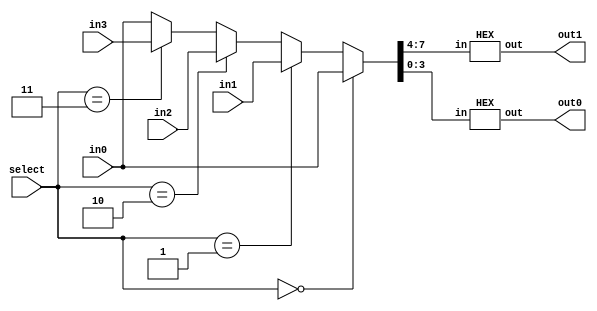
// ---------------------------------------------------------------------
// Copyright (c) 2007 by University of Toronto ECE 243 development team 
// ---------------------------------------------------------------------
//
// Major Functions:	Three modules included: HEX, HEXs, chooseHEXs
//
//					HEX:	decode a four-bit input value into
//							7-segment HEX display signals (0 to F)
//					HEXs:	decode four 8-bit inputs to eight 7-segment
//							HEX display signals (not compatible with DE1)
//					chooseHEXs:	decode four 8-bit inputs to a single
//								selected 7-segment HEX display singnals
//								(compatible with both DE1 and DE2)
//
// Input(s):		HEX
//						 in: 4-bit input (HEX: 0 to F)
//					HEXs
//						 in0 - in4: four 8-bit input (HEX: 00 to FF)
//					chooseHEXs
//						 in0-in4: four 8-bit input (HEX: 00 to FF)
//						 select: two-bit input controlling output decoded
//								 signals
//
// Output(s):		HEX/HEXs/chooseHEXs
//						 out: seven-segment display decoded value(s) 
//
// ---------------------------------------------------------------------

module chooseHEXs
(
in0, in1, in2, in3,
select, out1, out0
);
input 	[7:0] in0, in1, in2, in3;
input	[1:0] select;
output 	[6:0] out0, out1;

reg		[7:0] temp_in;

always@(*)
begin
	if( select == 0 )
		temp_in = in0;
	else if( select == 1 )
		temp_in = in1;
	else if( select == 2 )
		temp_in = in2;
	else if( select == 3 )
		temp_in = in3;
	else
		temp_in = in0;
end

HEX hex0 ( temp_in[7:4], out1 );
HEX hex1 ( temp_in[3:0], out0 );

endmodule

module HEXs
(
in0, in1, in2, in3,selH,
out0, out1, out2, out3,
out4, out5
);
input 	[7:0] in0, in1, in2, in3;
input 	selH;
output 	[6:0] out0, out1, out2, out3;
output 	[6:0] out4, out5;

reg [3:0] hex_in_0;
reg [3:0] hex_in_1;
reg [3:0] hex_in_2;
reg [3:0] hex_in_3;
reg [3:0] hex_in_4;
reg [3:0] hex_in_5;

always @(selH)
begin
	case (selH)
	   0: begin
		hex_in_0 = in0[7:4];
	   hex_in_1 = in0[3:0];
	   hex_in_2 = 4'b0;
	   hex_in_3 = 4'b0;
	   hex_in_4 = 4'b0;
	   hex_in_5 = 4'b0;
      end
	   1: begin
	   hex_in_0 = in1[7:4];
	   hex_in_1 = in1[3:0];
	   hex_in_2 = in2[7:4];
	   hex_in_3 = in2[3:0];
	   hex_in_4 = in3[7:4];
	   hex_in_5 = in3[3:0];
      end
	endcase
end
	
HEX hex0 ( hex_in_0, out5 );
HEX hex1 ( hex_in_1, out4 );
HEX hex2 ( hex_in_2, out3 );
HEX hex3 ( hex_in_3, out2 );
HEX hex4 ( hex_in_4, out1 );
HEX hex5 ( hex_in_5, out0 );

endmodule

module HEX (in, out);
input 	[3:0] in;
output 	[6:0] out;

reg [6:0] out;


always @(in)
begin
	case (in)
		0: out = 7'b1000000;
		1: out = 7'b1111001;
		2: out = 7'b0100100;
		3: out = 7'b0110000;
		4: out = 7'b0011001;
		5: out = 7'b0010010;
		6: out = 7'b0000010;
		7: out = 7'b1111000;
		8: out = 7'b0000000;
		9: out = 7'b0010000;
		10: out = 7'b0001000;
		11: out = 7'b0000011;
		12: out = 7'b1000110;
		13: out = 7'b0100001;
		14: out = 7'b0000110;
		15: out = 7'b0001110;
	endcase
end

endmodule